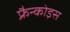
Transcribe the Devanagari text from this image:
फ्रैन्कोइस